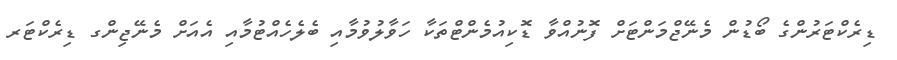
ޑިރެކްޓަރުންގެ ބޯޑުން މެނޭޖްމަންޓަށް ފޮނުއްވާ ޑޮކިއުމެންޓްތަކާ ހަވާލުވުމާއި ބެލެހެއްޓުމާއި އެއަށް މެނޭޖިންގ ޑިރެކްޓަރ